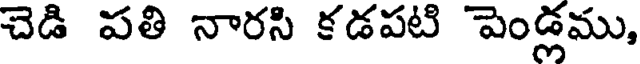
చెడి పతి నారసి కడపటి పెండ్లము,